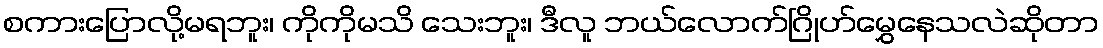
စကားပြောလို့မရဘူး၊ ကိုကိုမသိ သေးဘူး၊ ဒီလူ ဘယ်လောက်ဂြိုဟ်မွှေနေသလဲဆိုတာ